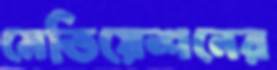
মেডিয়েশনের